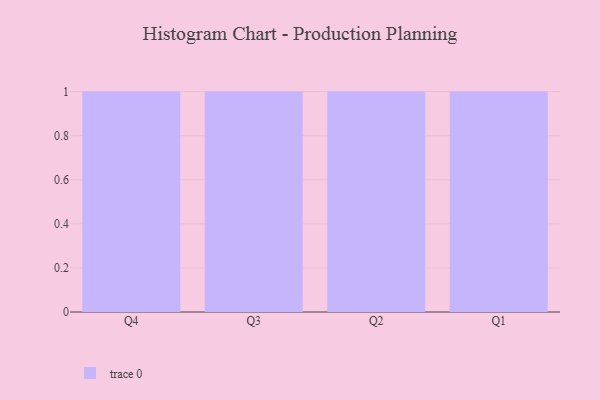
{"axis": {"x": "Quarter", "y": "Satisfaction Score"}, "legend": [""], "data": [{"x": "Q4", "y": 39, "type": ""}, {"x": "Q3", "y": 44, "type": ""}, {"x": "Q2", "y": 35, "type": ""}, {"x": "Q1", "y": 42, "type": ""}]}